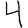
Digit: 4